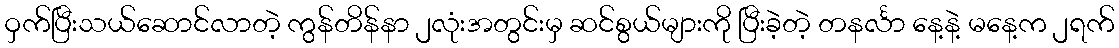
ဝှက်ပြီးသယ်ဆောင်လာတဲ့ ကွန်တိန်နာ ၂လုံးအတွင်းမှ ဆင်စွယ်များကို ပြီးခဲ့တဲ့ တနင်္လာ နေ့နဲ့ မနေ့က ၂ရက်